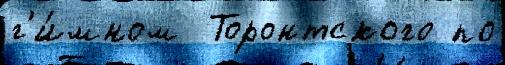
г'и́мном  Торонтского по